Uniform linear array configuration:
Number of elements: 48
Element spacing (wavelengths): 0.75
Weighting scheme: cosine
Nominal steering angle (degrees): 15
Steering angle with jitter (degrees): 15.171
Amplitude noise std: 0.05
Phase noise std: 0.05

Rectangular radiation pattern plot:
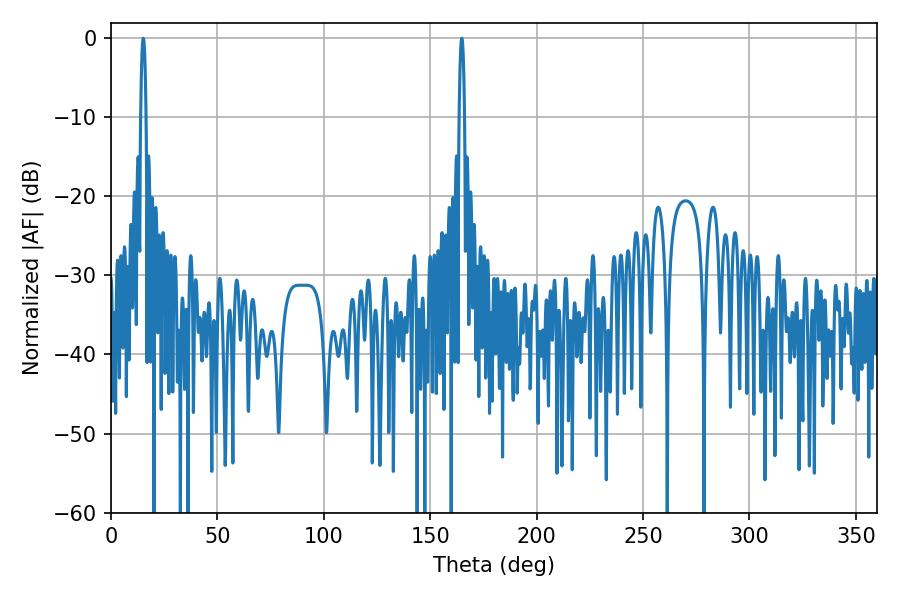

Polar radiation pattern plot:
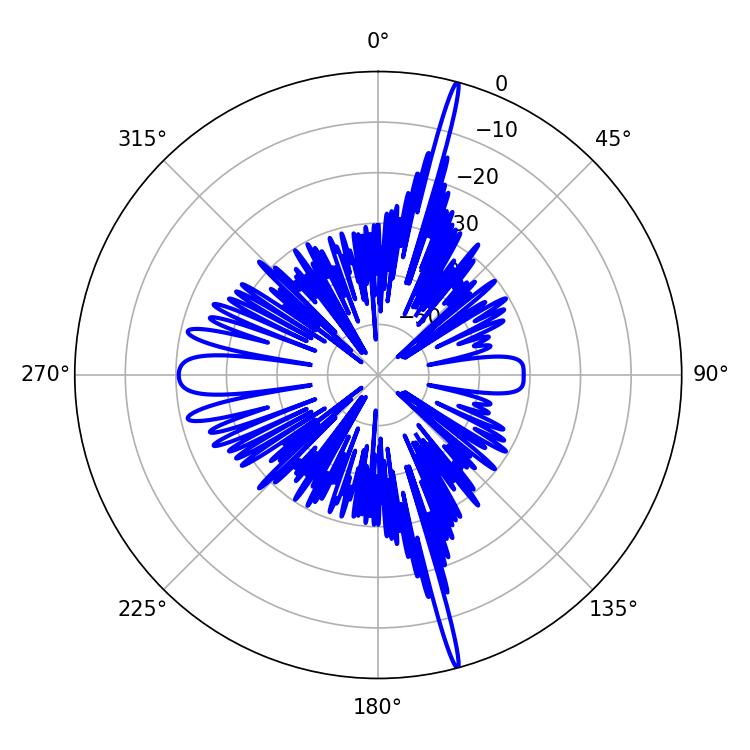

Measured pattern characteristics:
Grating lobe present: TRUE
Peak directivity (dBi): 22.161
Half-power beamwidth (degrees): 1.26
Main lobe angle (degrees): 164.88